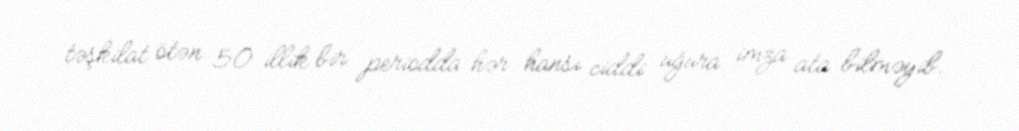
təşkilat ötən 50 illik bir periodda hər hansı ciddi uğura imza ata bilməyib.